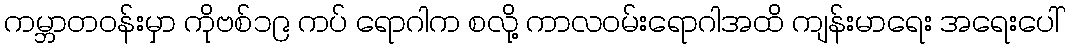
ကမ္ဘာတဝန်းမှာ ကိုဗစ်၁၉ ကပ် ရောဂါက စလို့ ကာလဝမ်းရောဂါအထိ ကျန်းမာရေး အရေးပေါ်